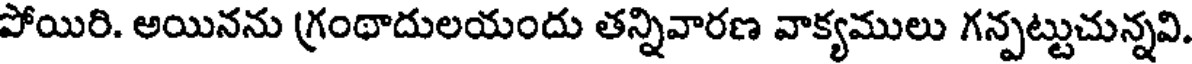
పోయిరి. అయినను (గ్రంథాదులయందు తన్నివారణ వాక్యములు గన్పట్టుచున్నవి.